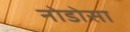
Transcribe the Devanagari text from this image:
नोडोसा